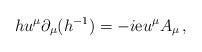
LaTeX: \begin{align*}h u^\mu\partial_\mu(h^{-1})=-i{\mathrm{e}}u^\mu A_\mu\,,\end{align*}